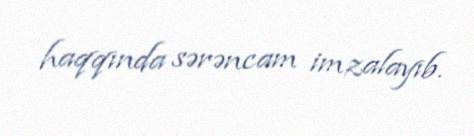
haqqında sərəncam imzalayıb.